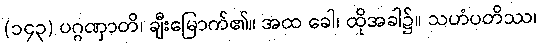
(၁၄၃) ပဂ္ဂဏှာတိ၊ ချီးမြောက်၏။ အထ ခေါ၊ ထိုအခါ၌။ သဟံပတိဿ၊